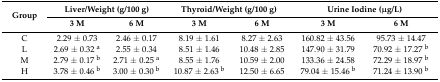
| <ROWSPAN=2> Group | <COLSPAN=2> Liver/Weight (g/100 g) | <COLSPAN=2> Thyroid/Weight (g/100 g) | <COLSPAN=2> Urine Iodine (μg/L) |
 | 3 M | 6 M | 3 M | 6 M | 3 M | 6 M |
 | --- | --- | --- | --- | --- | --- | --- |
 | C | 2.29 ± 0.73 | 2.46 ± 0.17 | 8.19 ± 1.61 | 8.27 ± 2.63 | 160.82 ± 43.56 | 95.73 ± 14.47 |
 | L | 2.69 ± 0.32 a | 2.55 ± 0.34 | 8.51 ± 1.46 | 10.48 ± 2.85 | 147.90 ± 31.79 | 70.92 ± 17.27 b |
 | M | 2.79 ± 0.17 b | 2.71 ± 0.25 a | 8.55 ± 1.76 | 10.59 ± 2.00 | 133.36 ± 24.58 | 72.29 ± 18.97 b |
 | H | 3.78 ± 0.46 b | 3.00 ± 0.30 b | 10.87 ± 2.63 b | 12.50 ± 6.65 | 79.04 ± 15.46 b | 71.24 ± 13.90 b |